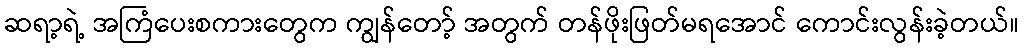
ဆရာ့ရဲ့ အကြံပေးစကားတွေက ကျွန်တော့် အတွက် တန်ဖိုးဖြတ်မရအောင် ကောင်းလွန်းခဲ့တယ်။